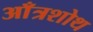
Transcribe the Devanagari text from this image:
आँत्रशोथ